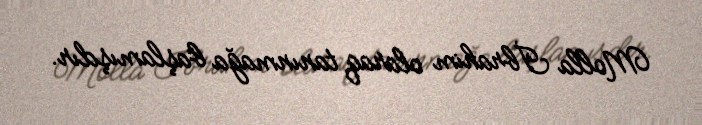
Molla İbrahim olaraq tanınmağa başlamışdır.